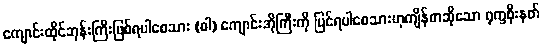
ကျောင်းထိုင်ဘုန်းကြီးဖြစ်ရပါစေသား (ဝါ) ကျောင်းအိုကြီးကို ပြင်ရပါစေသားဟုကျိန်စာဆိုသော ရုက္ခစိုးနတ်